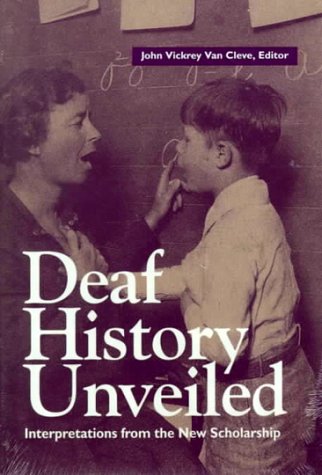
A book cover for Deaf History Unveiled: Interpretations from the New Scholarship; Law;